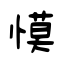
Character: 慔